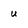
Character: u